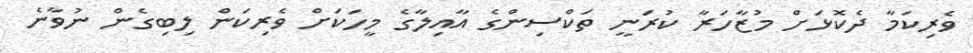
ވެެރިކަމާ ދެކޮޅަށް މުޒާހަރާ ކުރަނީ ތަކްސިންގެ އާއިލާގެ މީހަކަށް ވެރިކަން ލިބިގެން ނުވާނެ